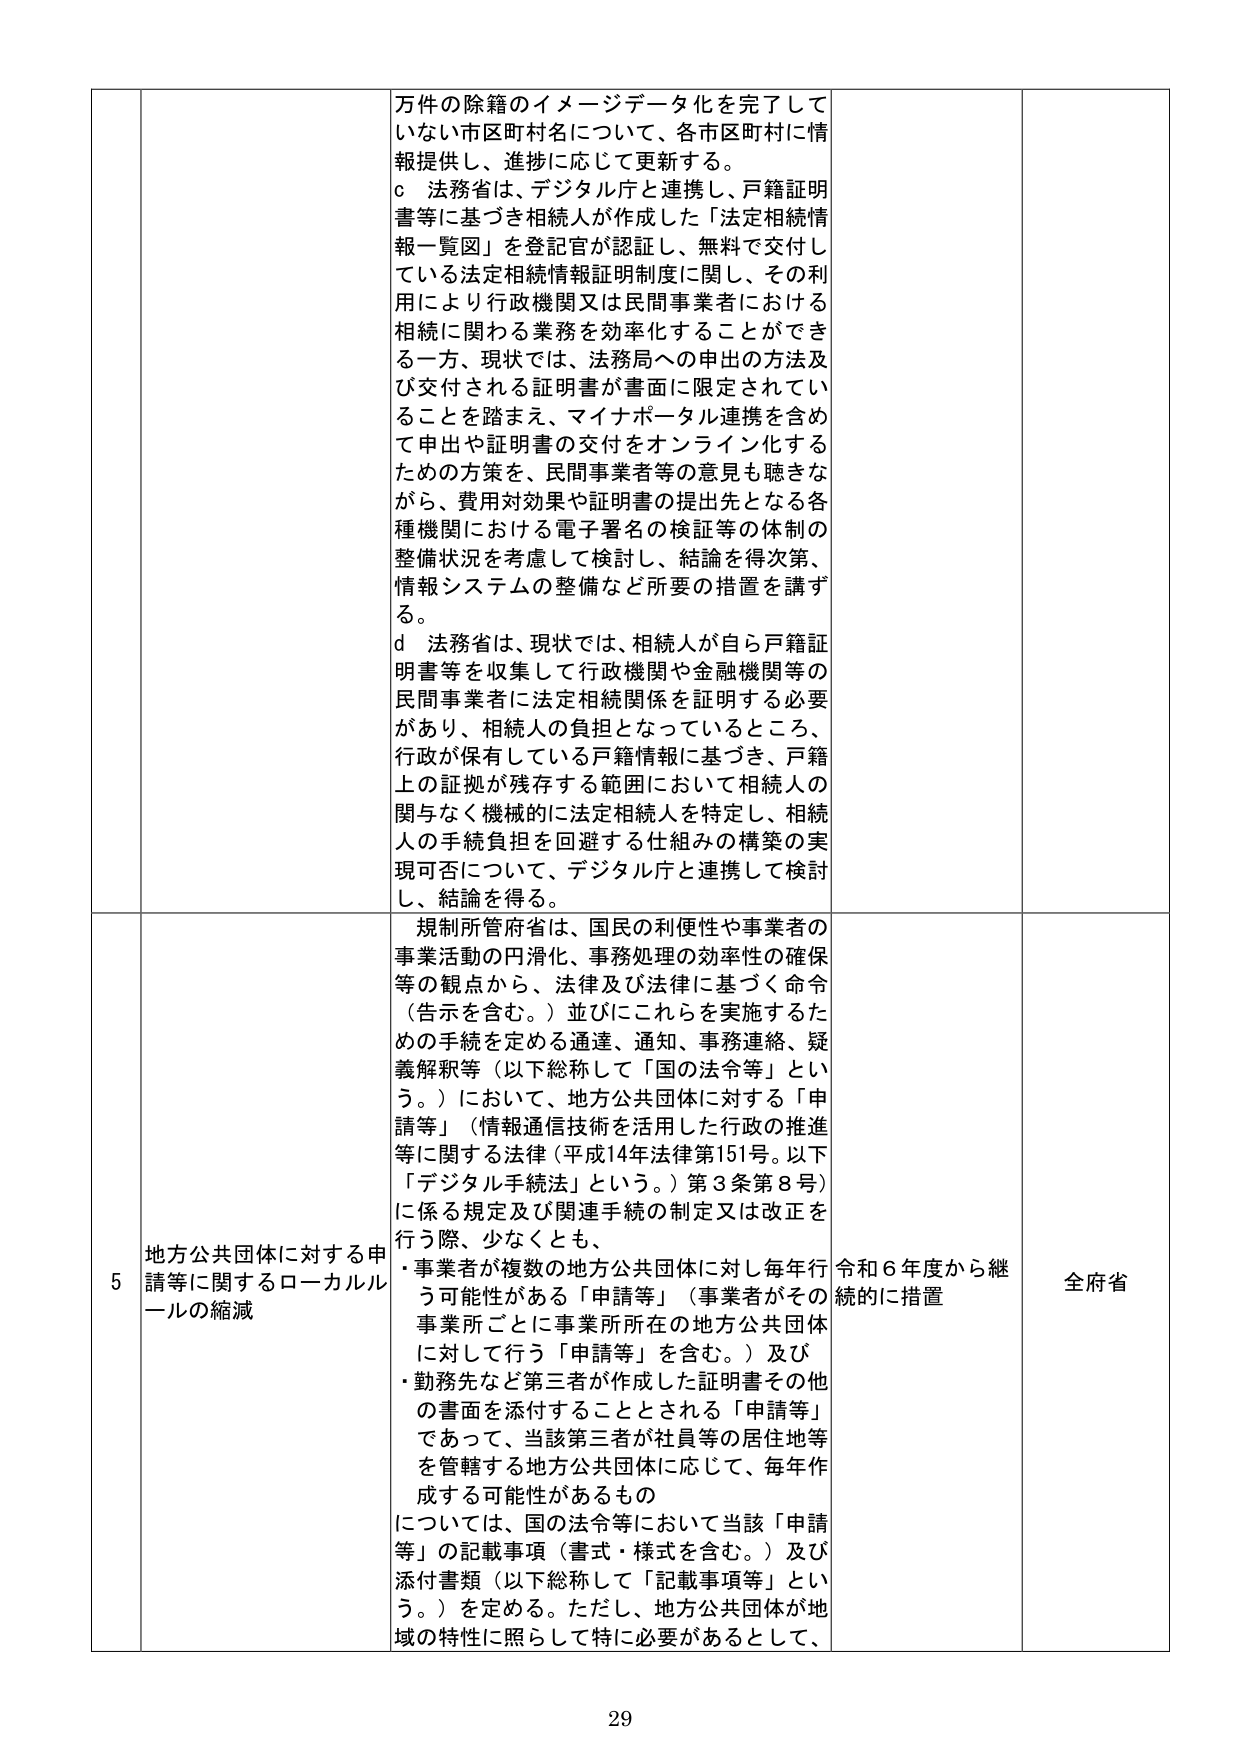
万件の除籍のイメージデータ化を完了していない市区町村名について、各市区町村に情報提供し、進捗に応じて更新する。
c 法務省は、デジタル庁と連携し、戸籍証明書等に基づき相続人が作成した「法定相続情報一覧図」を登記官が認証し、無料で交付している法定相続情報証明制度に関し、その利用により行政機関又は民間事業者における相続に関わる業務を効率化することができる一方、現状では、法務局への申出の方法及び交付される証明書が書面に限定されていることを踏まえ、マイナポータル連携を含めて申出や証明書の交付をオンライン化するための方策を、民間事業者等の意見も聴きながら、費用対効果や証明書の提出先となる各種機関における電子署名の検証等の体制の整備状況を考慮して検討し、結論を得次第、情報システムの整備など所要の措置を講ずる。
d 法務省は、現状では、相続人が自ら戸籍証明書等を収集して行政機関や金融機関等の民間事業者に法定相続関係を証明する必要があり、相続人の負担となっているところ、行政が保有している戸籍情報に基づき、戸籍上の証拠が残存する範囲において相続人の関与なく機械的に法定相続人を特定し、相続人の手続負担を回避する仕組みの構築の実現可否について、デジタル庁と連携して検討し、結論を得る。

規制所管府省は、国民の利便性や事業者の事業活動の円滑化、事務処理の効率性の確保等の観点から、法律及び法律に基づく命令（告示を含む。）並びにこれらを実施するための手続を定める通達、通知、事務連絡、疑義解釈等（以下総称して「国の法令等」という。）において、地方公共団体に対する「申請等」（情報通信技術を活用した行政の推進等に関する法律（平成14年法律第151号。以下「デジタル手続法」という。）第3条第8号）に係る規定及び関連手続の制定又は改正を行う際、少なくとも、
・事業者が複数の地方公共団体に対し毎年行う可能性がある「申請等」（事業者がその事業所ごとに事業所所在地の地方公共団体に対して行う「申請等」を含む。）及び
・勤務先など第三者が作成した証明書その他の書面を添付することとされる「申請等」であって、当該第三者が社員等の居住地等を管轄する地方公共団体に応じて、毎年作成する可能性があるもの
については、国の法令等において当該「申請等」の記載事項（書式・様式を含む。）及び添付書類（以下総称して「記載事項等」という。）を定める。ただし、地方公共団体が地域の特性に照らして特に必要があるとして、

5 地方公共団体に対する申請等に関するローカルルールの縮減
令和6年度から継続的に措置
全府省

29